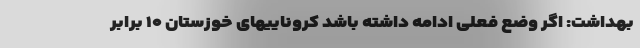
بهداشت: اگر وضع فعلی ادامه داشته باشد کروناییهای خوزستان ۱۰ برابر